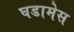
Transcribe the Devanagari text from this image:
घडामेस